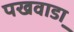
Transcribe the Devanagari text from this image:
पखवाडा़